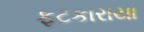
ફટકારાયા